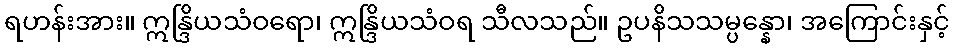
ရဟန်းအား။ ဣန္ဒြိယသံဝရော၊ ဣန္ဒြိယသံဝရ သီလသည်။ ဥပနိသသမ္ပန္နော၊ အကြောင်းနှင့်